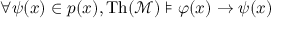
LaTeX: \forall \psi ( { \boldsymbol { x } } ) \in p ( { \boldsymbol { x } } ) , \operatorname { T h } ( { \mathcal { M } } ) \models \varphi ( { \boldsymbol { x } } ) \rightarrow \psi ( { \boldsymbol { x } } )